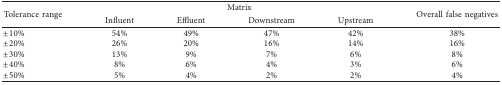
<table><thead><tr><td rowspan="2"><b>Tolerance range</b></td><td colspan="4"><b>Matrix</b></td><td rowspan="2"><b>Overall false negatives</b></td></tr><tr><td><b>Influent</b></td><td><b>Effluent</b></td><td><b>Downstream</b></td><td><b>Upstream</b></td></tr></thead><tbody><tr><td>±10%</td><td>54%</td><td>49%</td><td>47%</td><td>42%</td><td>38%</td></tr><tr><td>±20%</td><td>26%</td><td>20%</td><td>16%</td><td>14%</td><td>16%</td></tr><tr><td>±30%</td><td>13%</td><td>9%</td><td>7%</td><td>6%</td><td>8%</td></tr><tr><td>±40%</td><td>8%</td><td>6%</td><td>4%</td><td>3%</td><td>6%</td></tr><tr><td>±50%</td><td>5%</td><td>4%</td><td>2%</td><td>2%</td><td>4%</td></tr></tbody></table>